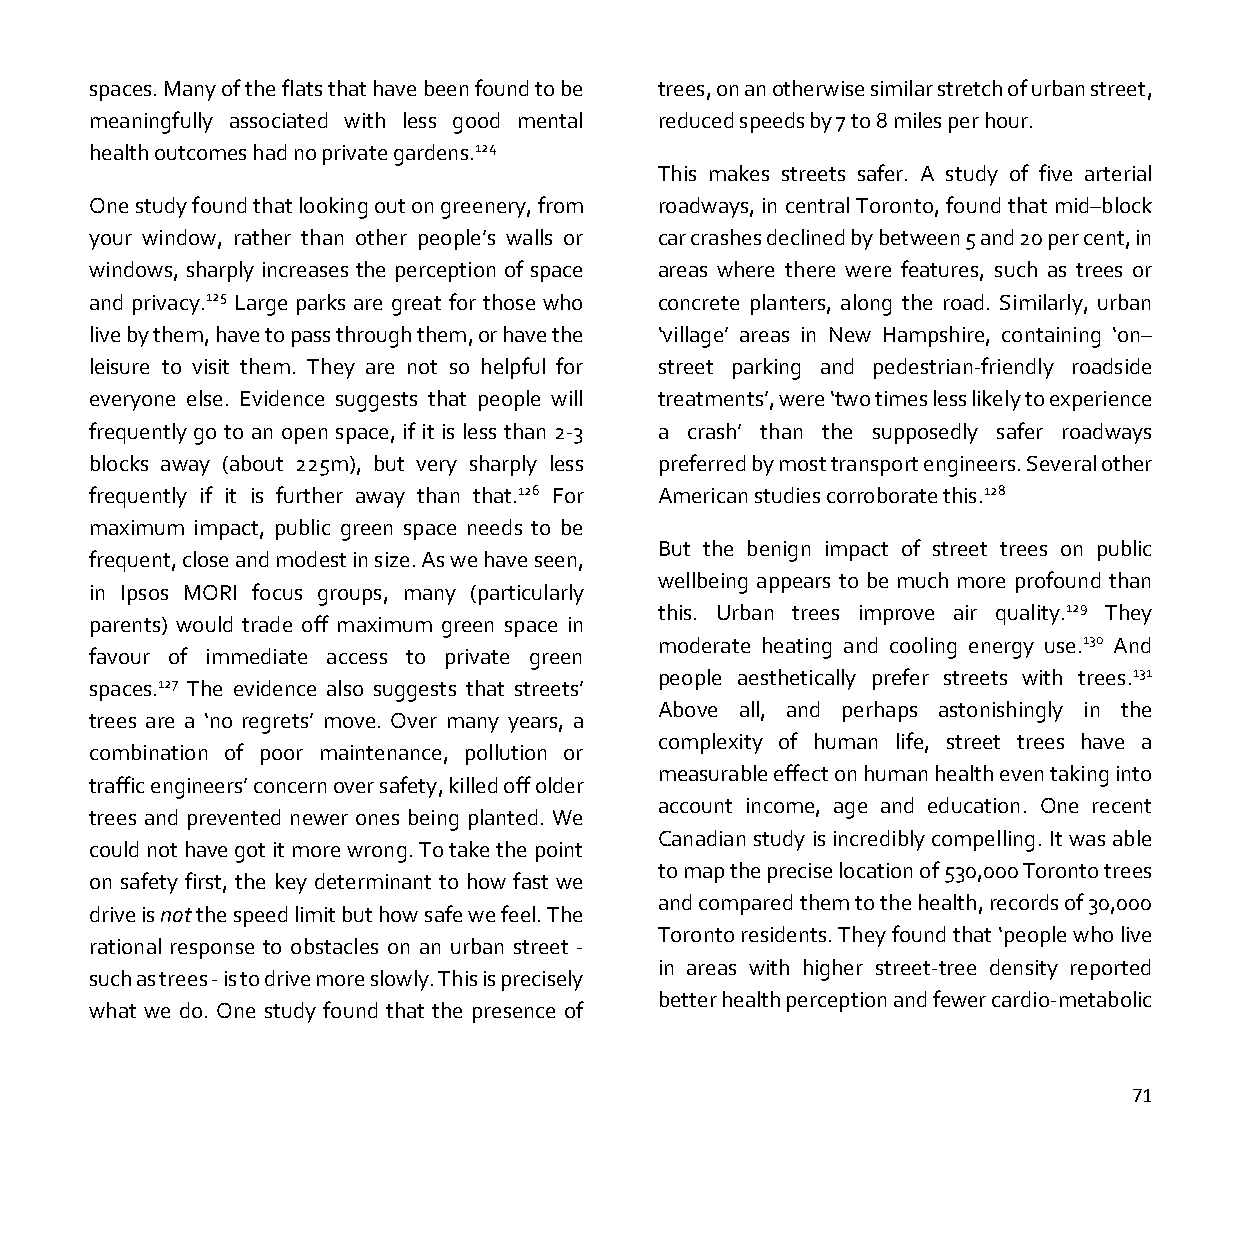
spaces. Many of the flats that have been found to be trees, on an otherwise similar stretch of urban street,
 meaningfully associated with less good mental reduced speeds by 7 to 8 miles per hour.
 health outcomes had no private gardens.124
 This makes streets safer. A study of five arterial
 One study found that looking out on greenery, from roadways, in central Toronto, found that mid–block
 your window, rather than other people’s walls or car crashes declined by between 5 and 20 per cent, in
 windows, sharply increases the perception of space areas where there were features, such as trees or
 and privacy.125 Large parks are great for those who concrete planters, along the road. Similarly, urban
 live by them, have to pass through them, or have the ‘village’ areas in New Hampshire, containing ‘on–
 leisure to visit them. They are not so helpful for street parking and pedestrian-friendly roadside
 everyone else. Evidence suggests that people will treatments’, were ‘two times less likely to experience
 frequently go to an open space, if it is less than 2-3 a crash’ than the supposedly safer roadways
 blocks away (about 225m), but very sharply less preferred by most transport engineers. Several other
 frequently if it is further away than that.126 For American studies corroborate this.128
 maximum impact, public green space needs to be
 But the benign impact of street trees on public
 frequent, close and modest in size. As we have seen,
 wellbeing appears to be much more profound than
 in Ipsos MORI focus groups, many (particularly
 this. Urban trees improve air quality.129 They
 parents) would trade off maximum green space in
 moderate heating and cooling energy use.130 And
 favour of immediate access to private green
 people aesthetically prefer streets with trees.131
 spaces.127 The evidence also suggests that streets’
 Above all, and perhaps astonishingly in the
 trees are a ‘no regrets’ move. Over many years, a
 complexity of human life, street trees have a
 combination of poor maintenance, pollution or
 measurable effect on human health even taking into
 traffic engineers’ concern over safety, killed off older
 account income, age and education. One recent
 trees and prevented newer ones being planted. We
 Canadian study is incredibly compelling. It was able
 could not have got it more wrong. To take the point
 to map the precise location of 530,000 Toronto trees
 on safety first, the key determinant to how fast we
 and compared them to the health, records of 30,000
 drive is not the speed limit but how safe we feel. The
 Toronto residents. They found that ‘people who live
 rational response to obstacles on an urban street -
 in areas with higher street-tree density reported
 such as trees - is to drive more slowly. This is precisely
 better health perception and fewer cardio-metabolic
 what we do. One study found that the presence of
 71